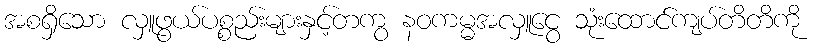
အစရှိသော လှူဖွယ်ပစ္စည်းများနှင့်တကွ နဝကမ္မအလှူငွေ သုံးထောင်ကျပ်တိတိကို